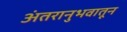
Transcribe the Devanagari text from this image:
अंतरानुभवातून